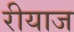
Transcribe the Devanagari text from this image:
रीयाज